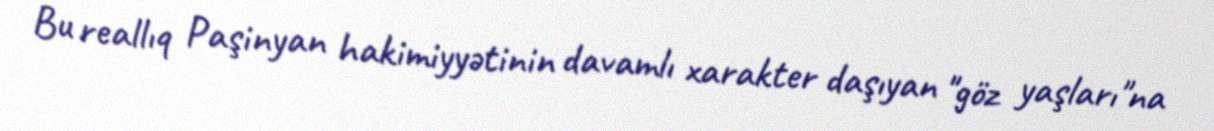
Bu reallıq Paşinyan hakimiyyətinin davamlı xarakter daşıyan "göz yaşları"na